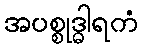
အပစ္စုဒ္ဓါရကံ